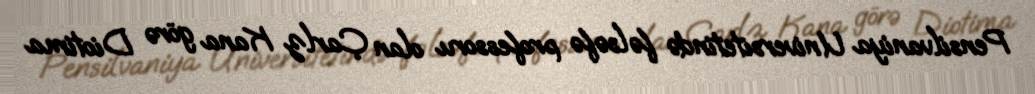
Pensilvaniya Universitetində fəlsəfə professoru olan Çarlz Kana görə Diotima